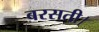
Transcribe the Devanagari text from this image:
बरसती।